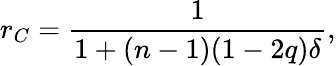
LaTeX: r_{C}=\frac{1}{1+(n-1)(1-2q)\delta},